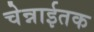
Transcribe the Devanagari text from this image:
चेन्नाईतक